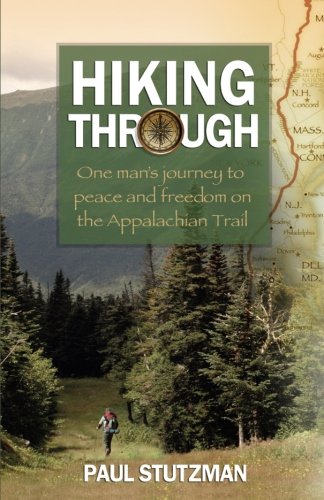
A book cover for Hiking Through: One Man's Journey to Peace and Freedom on the Appalachian Trail; Paul Stutzman; Self-Help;